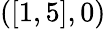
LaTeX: ([1,5],0)